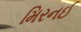
મિરનઈ